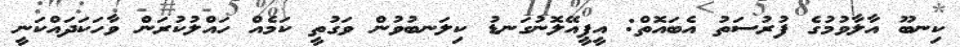
ކިނބޫ އާލާވުމުގެ ފުރުސަތު އެބައޮތް: އީޕީއޭލޮނުގަނޑު ކިލަނބުވުން ވަގުތީ ކަމެއް ހައްލުކުރަން ވާހަކަދައްކަނީ